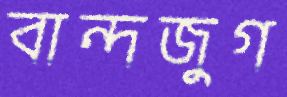
বান্দজুগ